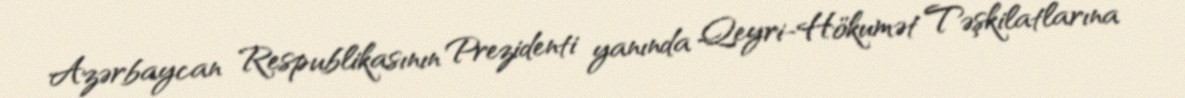
Azərbaycan Respublikasının Prezidenti yanında Qeyri-Hökumət Təşkilatlarına